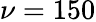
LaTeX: \nu=150